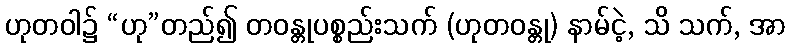
ဟုတဝါ၌ “ဟု”တည်၍ တဝန္တုပစ္စည်းသက် (ဟုတဝန္တု) နာမ်ငဲ့, သိ သက်, အာ